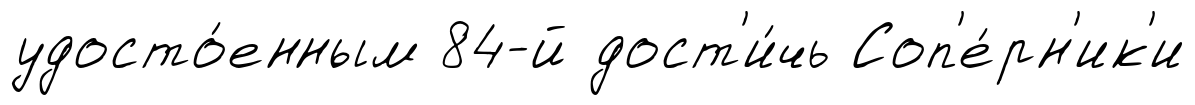
удосто́енным 84-й дост'и́чь Соп'е́рн'ик'и